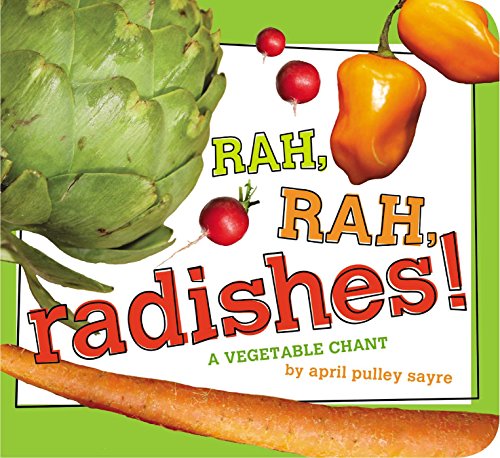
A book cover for Rah, Rah, Radishes!: A Vegetable Chant (Classic Board Books); April Pulley Sayre; Children's Books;